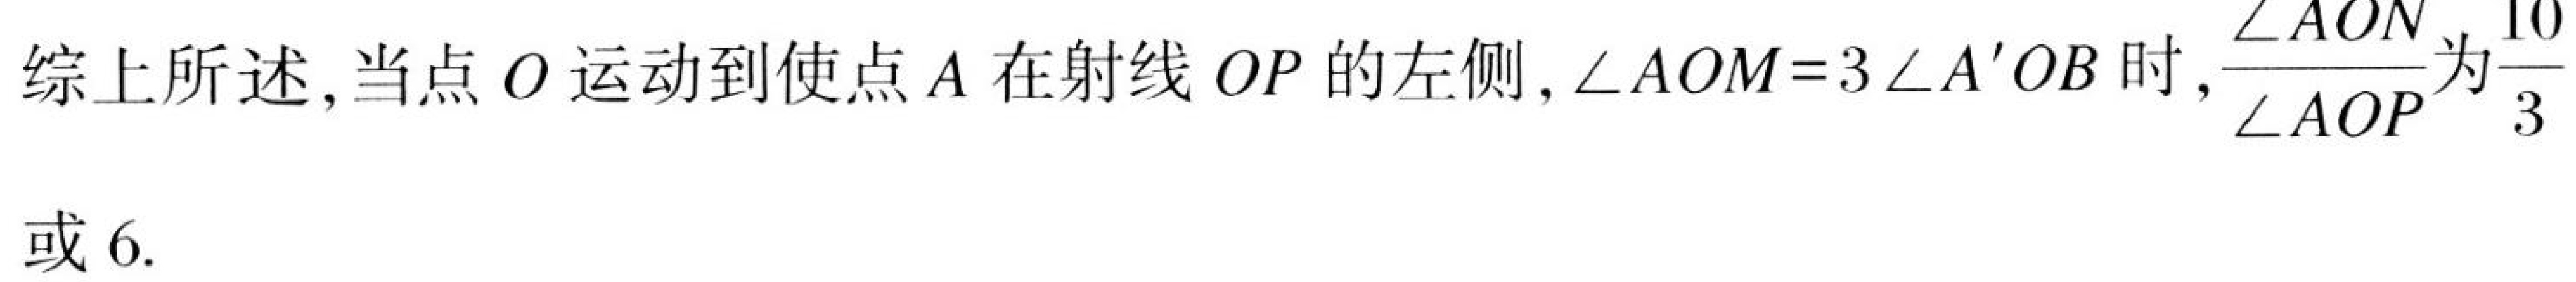
综上所述,当点\(O\)运动到使点\(A\)在射线\(OP\)的左侧,\(\angle AOM = 3\angle A'OB\)时,\(\frac{\angle AON}{\angle AOP}\)为\(\frac{10}{3}\)或\(6\).